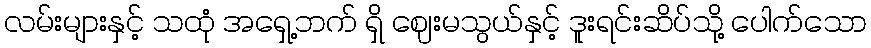
လမ်းများနှင့် သထုံ အရှေ့ဘက် ရှိ ဈေးမသွယ်နှင့် ဒူးရင်းဆိပ်သို့ ပေါက်သော